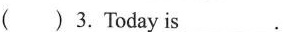
( )3. Today is_.